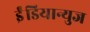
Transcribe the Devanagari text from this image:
ईंडियान्युज